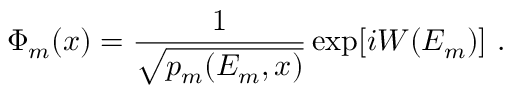
\Phi _ { m } ( x ) = { \frac { 1 } { \sqrt { p _ { m } ( E _ { m } , x ) } } } \exp [ i W ( E _ { m } ) ] \ .